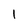
Character: 1